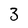
Character: 3